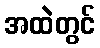
အထဲတွင်